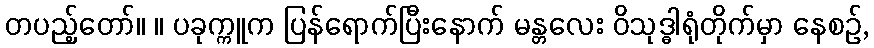
တပည့်တော်။ ။ ပခုက္ကူက ပြန်ရောက်ပြီးနောက် မန္တလေး ဝိသုဒ္ဓါရုံတိုက်မှာ နေစဉ်,